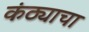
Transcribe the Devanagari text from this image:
कंठ्याचा